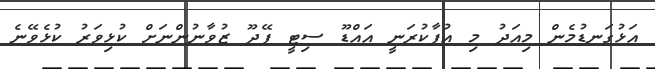
އަޅުގަނޑުމެން މިއަދު މި އުފާކުރަނީ އައްޑޫ ސިޓީ ފޭދޫ ޒުވާނުންނަށް ކުޅިވަރު ކުޅެވޭނެ